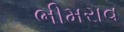
ભીમરાવ